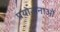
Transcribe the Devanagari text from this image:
प्रयोजनाओं